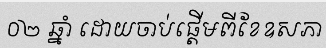
០២ ឆ្នាំ ដោយចាប់ផ្តើមពីខែឧសភា